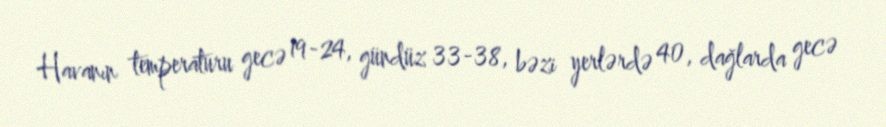
Havanın temperaturu gecə 19-24, gündüz 33-38, bəzi yerlərdə 40, dağlarda gecə